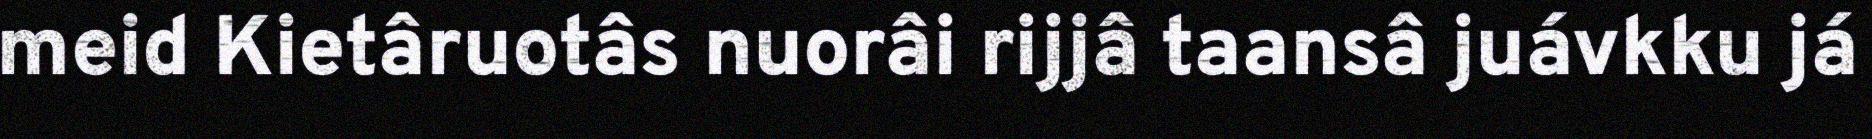
meid Kietâruotâs nuorâi rijjâ taansâ juávkku já